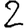
Digit: 2